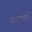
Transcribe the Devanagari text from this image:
आनंदलक्ष्मी